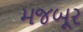
મજબૂર